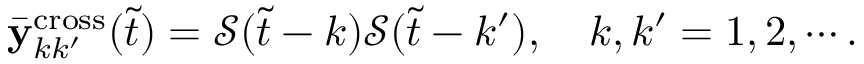
\begin{array} { r } { \bar { \mathbf { y } } _ { k k ^ { \prime } } ^ { \mathrm { c r o s s } } ( \Tilde { t } ) = \mathcal { S } ( \Tilde { t } - k ) \mathcal { S } ( \Tilde { t } - k ^ { \prime } ) , \quad k , k ^ { \prime } = 1 , 2 , \cdots . } \end{array}